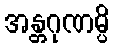
အန္တဂုဏမ္ပိ